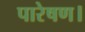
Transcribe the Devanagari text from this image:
पारेषण।